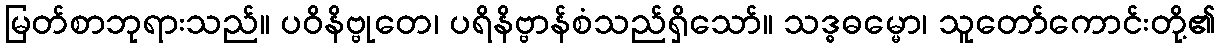
မြတ်စာဘုရားသည်။ ပဝိနိဗ္ဗုတေ၊ ပရိနိဗ္ဗာန်စံသည်ရှိသော်။ သဒ္ဓဓမ္မော၊ သူတော်ကောင်းတို့၏